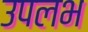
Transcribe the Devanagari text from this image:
उपलभ